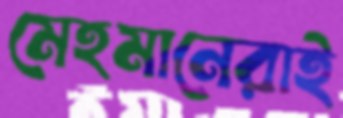
মেহমানেরাই